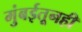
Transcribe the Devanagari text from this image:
मुंबईतूनही